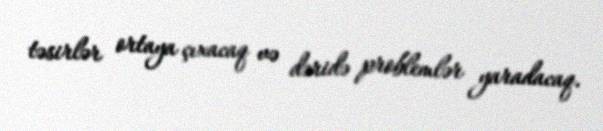
təsirlər ortaya çıxacaq və dəridə problemlər yaradacaq.